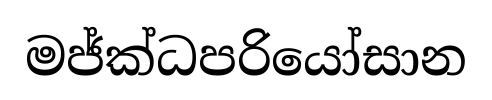
මජ්ක්ධපරියෝසාන